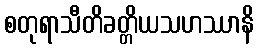
စတုရာသီတိခတ္တိယသဟဿာနိ